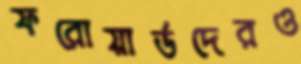
ফরোয়ার্ডদেরও